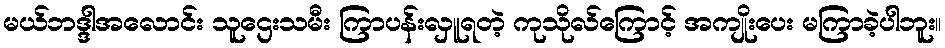
မယ်ဘဒ္ဒါအလောင်း သူဌေးသမီး ကြာပန်းလှူရတဲ့ ကုသိုလ်ကြောင့် အကျိုးပေး မကြာခဲ့ပါဘူး။